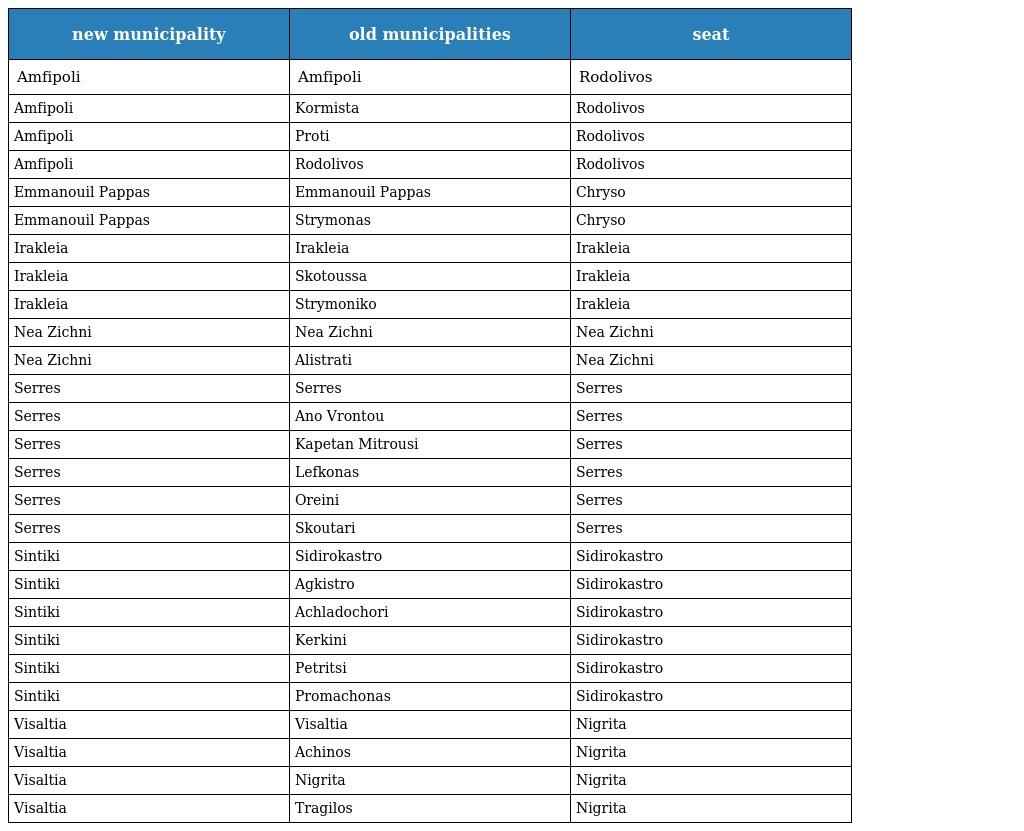
| new municipality | old municipalities | seat |
 | --- | --- | --- |
 | Amfipoli | Amfipoli | Rodolivos |
 | Amfipoli | Kormista | Rodolivos |
 | Amfipoli | Proti | Rodolivos |
 | Amfipoli | Rodolivos | Rodolivos |
 | Emmanouil Pappas | Emmanouil Pappas | Chryso |
 | Emmanouil Pappas | Strymonas | Chryso |
 | Irakleia | Irakleia | Irakleia |
 | Irakleia | Skotoussa | Irakleia |
 | Irakleia | Strymoniko | Irakleia |
 | Nea Zichni | Nea Zichni | Nea Zichni |
 | Nea Zichni | Alistrati | Nea Zichni |
 | Serres | Serres | Serres |
 | Serres | Ano Vrontou | Serres |
 | Serres | Kapetan Mitrousi | Serres |
 | Serres | Lefkonas | Serres |
 | Serres | Oreini | Serres |
 | Serres | Skoutari | Serres |
 | Sintiki | Sidirokastro | Sidirokastro |
 | Sintiki | Agkistro | Sidirokastro |
 | Sintiki | Achladochori | Sidirokastro |
 | Sintiki | Kerkini | Sidirokastro |
 | Sintiki | Petritsi | Sidirokastro |
 | Sintiki | Promachonas | Sidirokastro |
 | Visaltia | Visaltia | Nigrita |
 | Visaltia | Achinos | Nigrita |
 | Visaltia | Nigrita | Nigrita |
 | Visaltia | Tragilos | Nigrita |